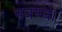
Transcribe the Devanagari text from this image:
पवण्या